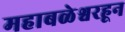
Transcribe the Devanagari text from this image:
महाबळेश्वरहून